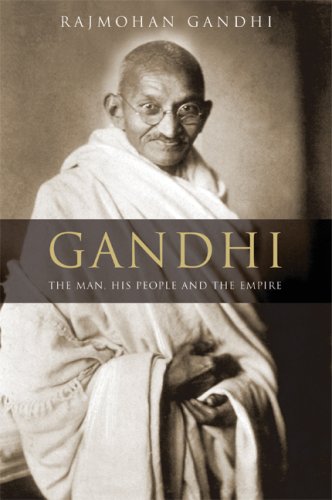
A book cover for Gandhi: The Man, His People, and the Empire; Rajmohan Gandhi; Religion & Spirituality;